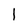
Character: l